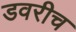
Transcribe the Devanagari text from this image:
डवरीच